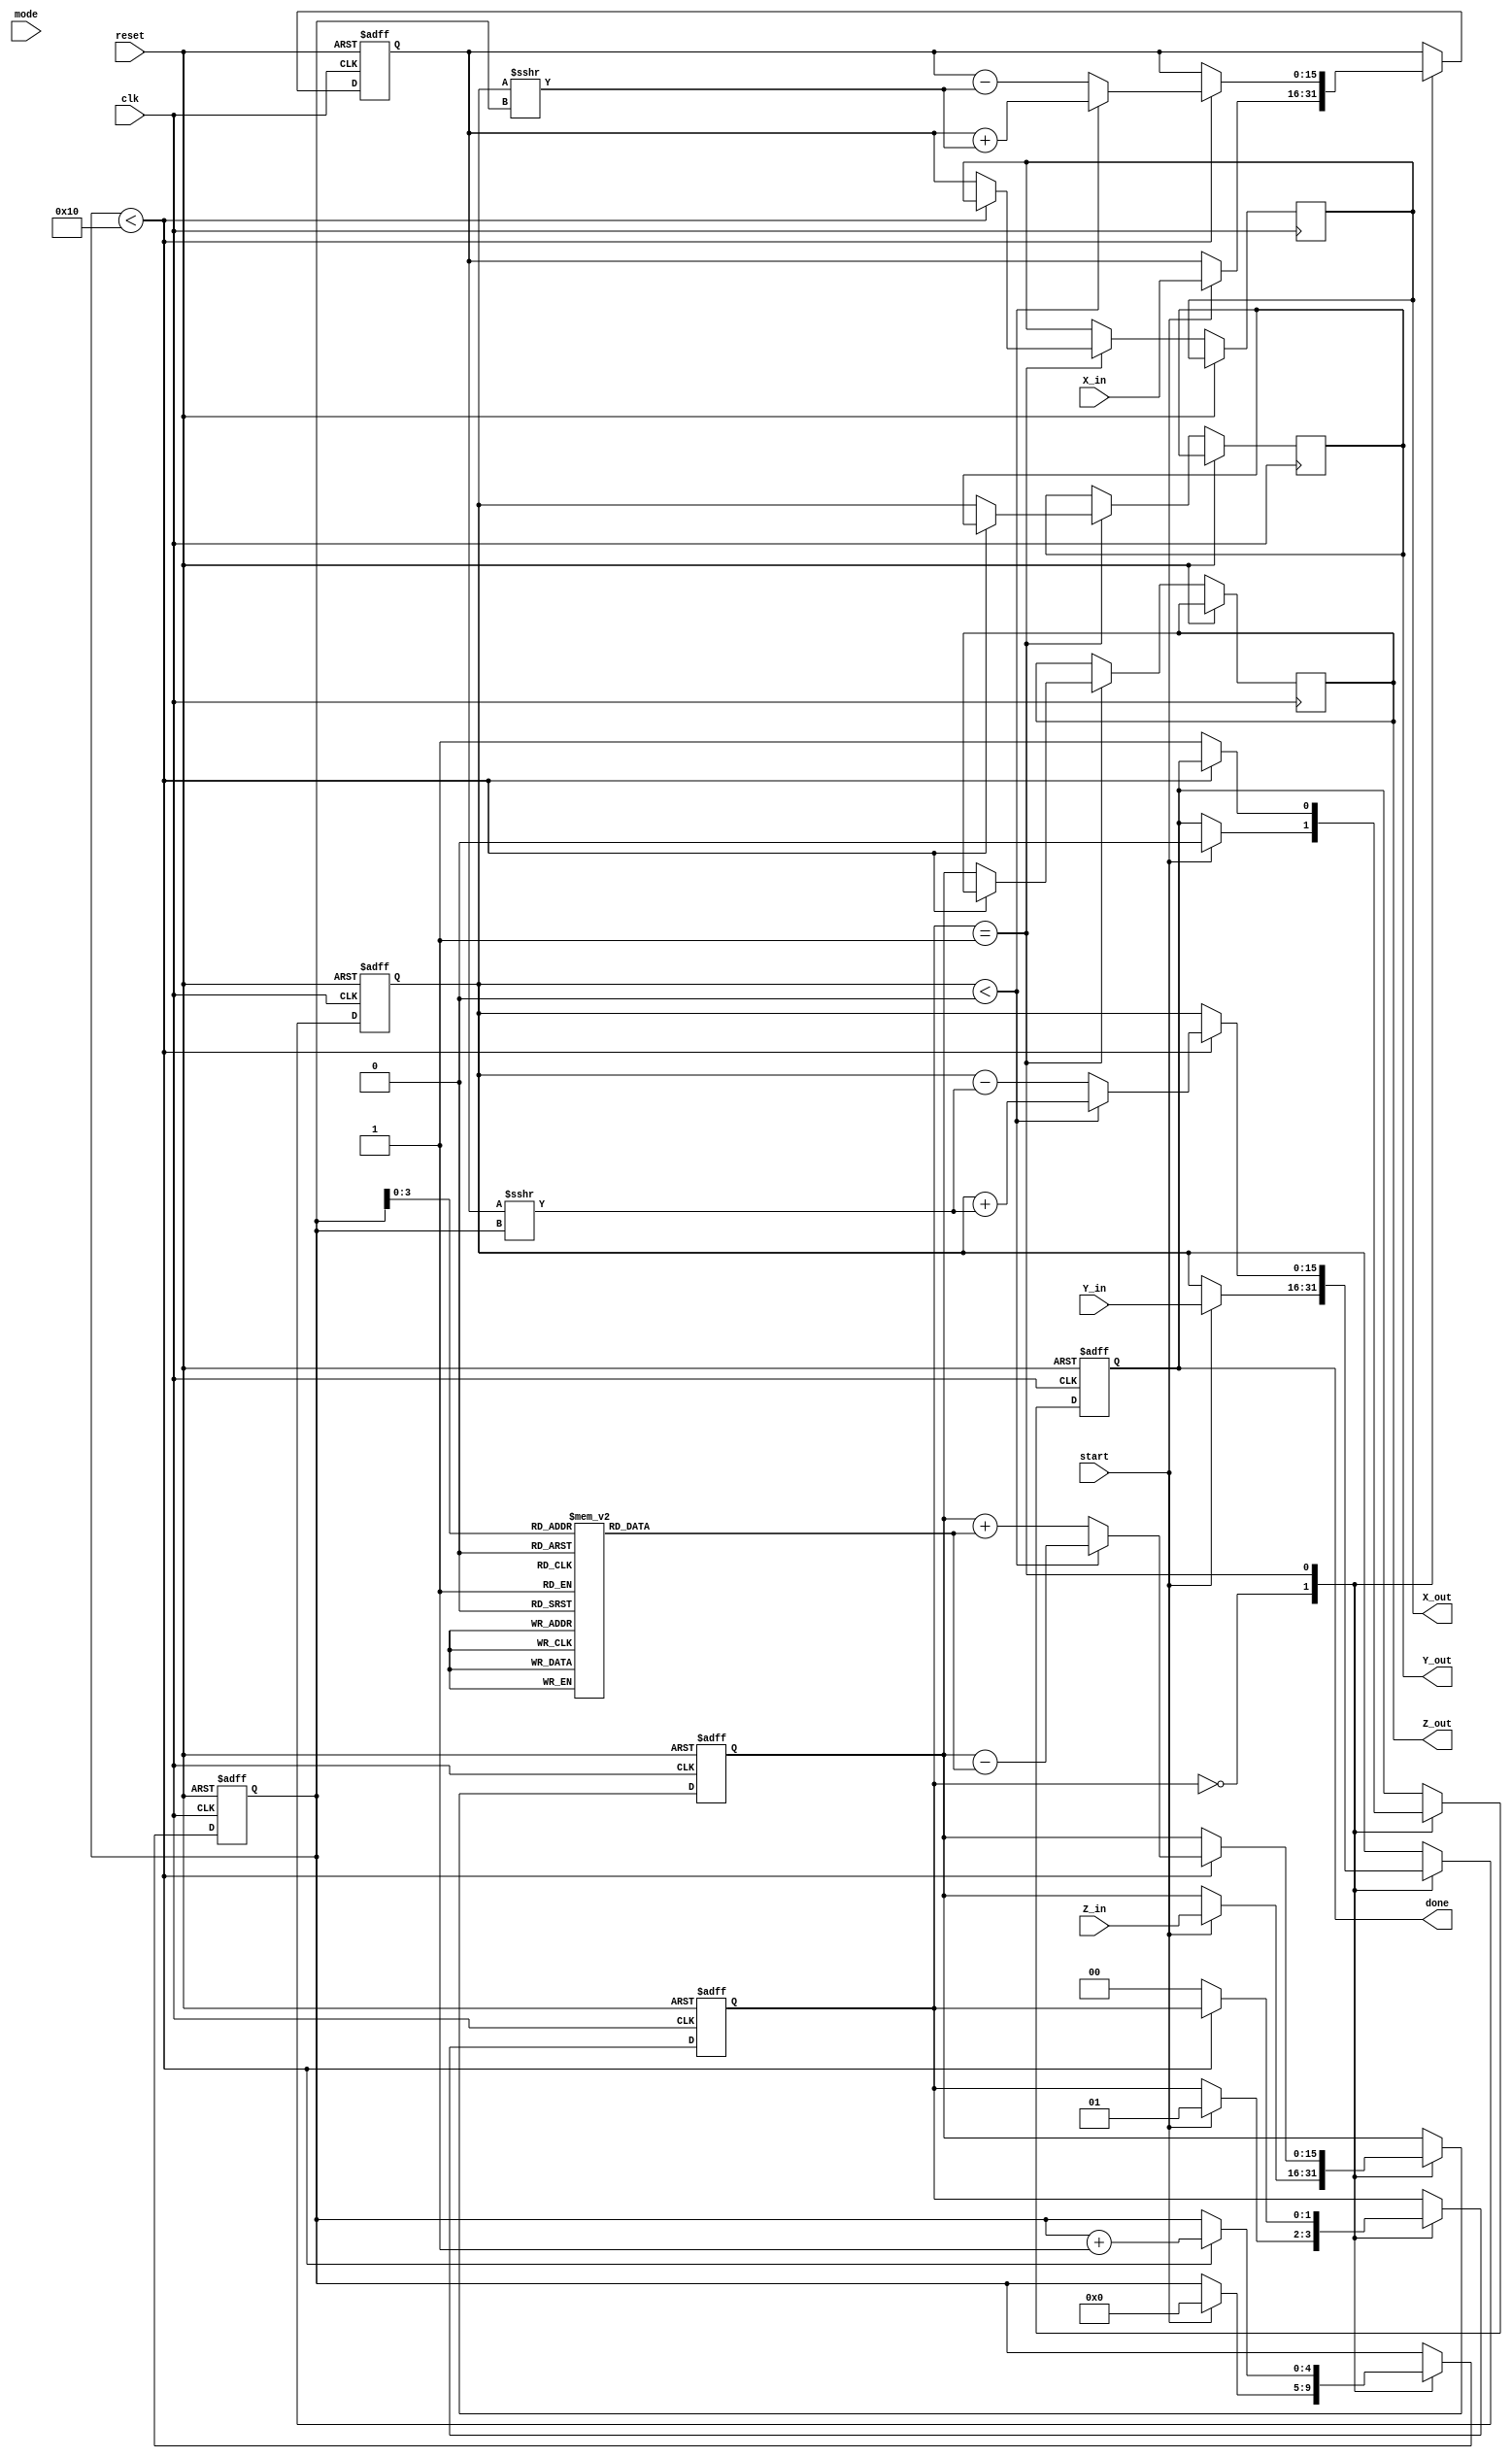
module modified_cordic #(
    parameter N_ITERATIONS = 16,  // Number of iterations for CORDIC
    parameter WIDTH = 16           // Bit-width for X, Y, Z values
)(
    input wire clk,                // Clock signal
    input wire reset,              // Asynchronous reset
    input wire start,              // Start computation signal
    input wire mode,               // Mode select: 0 for rotation, 1 for vectoring
    input wire signed [WIDTH-1:0] X_in,  // Input X coordinate
    input wire signed [WIDTH-1:0] Y_in,  // Input Y coordinate
    input wire signed [WIDTH-1:0] Z_in,  // Input angle in radians
    output reg signed [WIDTH-1:0] X_out, // Output X coordinate
    output reg signed [WIDTH-1:0] Y_out, // Output Y coordinate
    output reg signed [WIDTH-1:0] Z_out, // Output angle
    output reg done                // Done signal
);

    // Internal variables
    reg signed [WIDTH-1:0] X, Y, Z;  // Current values for X, Y, Z
    reg [4:0] iteration;              // Iteration counter
    reg signed [WIDTH-1:0] atan_table [0:N_ITERATIONS-1]; // Lookup table for atan(2^-i)
    reg [1:0] state;                  // State machine for processing

    // Initializing the atan table
    initial begin
        // Populate the atan_table with fixed-point values of atan(2^-i)
        atan_table[0] = 16'd0;        // atan(1) = 0
        atan_table[1] = 16'd16384;    // atan(1/2) in fixed-point
        atan_table[2] = 16'd8192;     // atan(1/4) in fixed-point
        atan_table[3] = 16'd4096;     // atan(1/8) in fixed-point
        // Add more precomputed values as needed
    end

    // State machine for operations
    localparam IDLE = 0, RUN = 1;
    
    always @(posedge clk or posedge reset) begin
        if (reset) begin
            // Reset all registers
            X <= 0;
            Y <= 0;
            Z <= 0;
            iteration <= 0;
            state <= IDLE;
            done <= 0;
        end else begin
            case(state)
                IDLE: begin
                    if (start) begin
                        // Initialize inputs
                        X <= X_in;
                        Y <= Y_in;
                        Z <= Z_in;
                        iteration <= 0;
                        done <= 0;
                        state <= RUN;
                    end
                end

                RUN: begin
                    if (iteration < N_ITERATIONS) begin
                        // CORDIC Iteration Logic
                        if (Y < 0) begin
                            // Rotate
                            X <= X + (Y >>> iteration);
                            Y <= Y + (X >>> iteration);
                            Z <= Z - atan_table[iteration];
                        end else begin
                            // Rotate
                            X <= X - (Y >>> iteration);
                            Y <= Y - (X >>> iteration);
                            Z <= Z + atan_table[iteration];
                        end
                        iteration <= iteration + 1;
                    end else begin
                        // End computation
                        X_out <= X;
                        Y_out <= Y;
                        Z_out <= Z;
                        done <= 1;
                        state <= IDLE;
                    end
                end
            endcase
        end
    end
endmodule